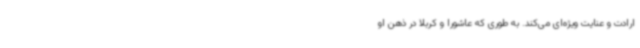
ارادت و عنایت ویژه‌ای می‌کند. به طوری که عاشورا و کربلا در ذهن او